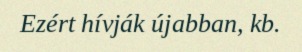
Ezért hívják újabban, kb.